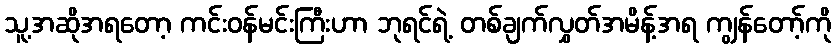
သူ့အဆိုအရတော့ ကင်းဝန်မင်းကြီးဟာ ဘုရင်ရဲ့ တစ်ချက်လွှတ်အမိန့်အရ ကျွန်တော့်ကို